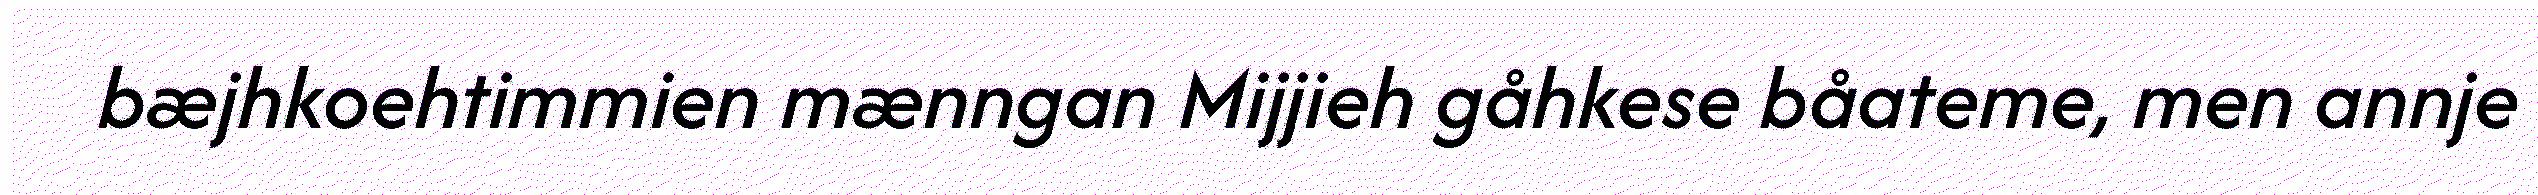
bæjhkoehtimmien mænngan Mijjieh gåhkese båateme, men annje